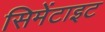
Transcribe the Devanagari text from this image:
सिमेंटाइट